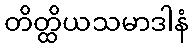
တိတ္ထိယသမာဒါနံ